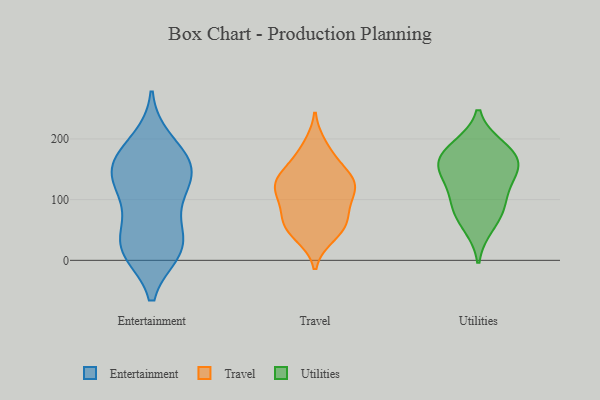
{"axis": {"x": "Customer Acquisition Cost (USD)", "y": "Value"}, "legend": ["Entertainment", "Travel", "Utilities"], "data": [{"x": "", "y": 148, "type": "Entertainment"}, {"x": "", "y": 160, "type": "Entertainment"}, {"x": "", "y": 136, "type": "Entertainment"}, {"x": "", "y": 19, "type": "Entertainment"}, {"x": "", "y": 178, "type": "Entertainment"}, {"x": "", "y": 152, "type": "Entertainment"}, {"x": "", "y": 68, "type": "Entertainment"}, {"x": "", "y": 26, "type": "Entertainment"}, {"x": "", "y": 15, "type": "Entertainment"}, {"x": "", "y": 149, "type": "Entertainment"}, {"x": "", "y": 197, "type": "Entertainment"}, {"x": "", "y": 26, "type": "Entertainment"}, {"x": "", "y": 98, "type": "Entertainment"}, {"x": "", "y": 18, "type": "Entertainment"}, {"x": "", "y": 115, "type": "Entertainment"}, {"x": "", "y": 125, "type": "Travel"}, {"x": "", "y": 103, "type": "Travel"}, {"x": "", "y": 63, "type": "Travel"}, {"x": "", "y": 188, "type": "Travel"}, {"x": "", "y": 41, "type": "Travel"}, {"x": "", "y": 141, "type": "Travel"}, {"x": "", "y": 117, "type": "Travel"}, {"x": "", "y": 126, "type": "Travel"}, {"x": "", "y": 141, "type": "Travel"}, {"x": "", "y": 125, "type": "Travel"}, {"x": "", "y": 57, "type": "Travel"}, {"x": "", "y": 50, "type": "Travel"}, {"x": "", "y": 172, "type": "Travel"}, {"x": "", "y": 91, "type": "Travel"}, {"x": "", "y": 68, "type": "Travel"}, {"x": "", "y": 187, "type": "Utilities"}, {"x": "", "y": 154, "type": "Utilities"}, {"x": "", "y": 182, "type": "Utilities"}, {"x": "", "y": 147, "type": "Utilities"}, {"x": "", "y": 88, "type": "Utilities"}, {"x": "", "y": 146, "type": "Utilities"}, {"x": "", "y": 114, "type": "Utilities"}, {"x": "", "y": 170, "type": "Utilities"}, {"x": "", "y": 56, "type": "Utilities"}, {"x": "", "y": 84, "type": "Utilities"}]}